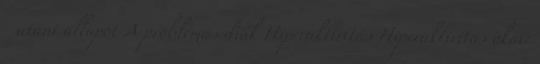
utáni állapot A problémás diák Hiperaktivitás Hiperaktivitás okai: